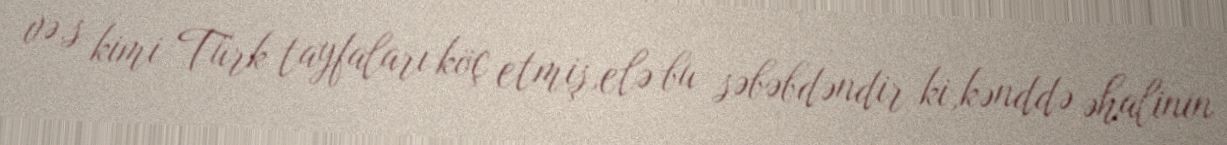
və.s kimi Türk tayfaları köç etmiş,elə bu səbəbdəndir ki,kənddə əhalinin